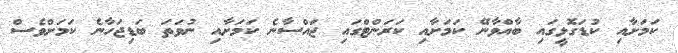
ކަމަށާއި ކުޑަގޮޅީގައި ބާއްވާނޭ ކަމަށާއި ކަރަންޓްގައި ޖައްސާނެ ކަމަށާއި ނުވަތަ ބަޑިޖަހާނެ ކަމަށްވެސް